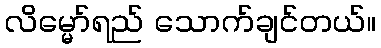
လိမ္မော်ရည် သောက်ချင်တယ်။